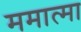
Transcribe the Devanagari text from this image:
ममात्मा